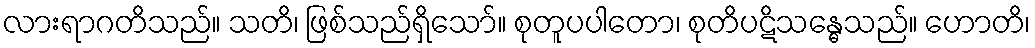
လားရာဂတိသည်။ သတိ၊ ဖြစ်သည်ရှိသော်။ စုတူပပါတော၊ စုတိပဋိသန္ဓေသည်။ ဟောတိ၊